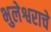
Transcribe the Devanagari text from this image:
भुलेश्वराचे